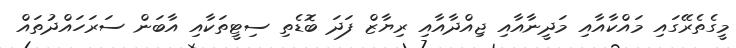
މީގެތެރޭގައި މައްކާއާއި މަދީނާއާއި ޖިއްދާއާއި ރިޔާޒް ފަދަ ބޮޑެތި ސިޓީތަކާއި އާބަން ސަރަހައްދުތައް